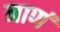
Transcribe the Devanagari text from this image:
नाणं